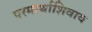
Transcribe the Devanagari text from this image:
परमार्थाशिवाय